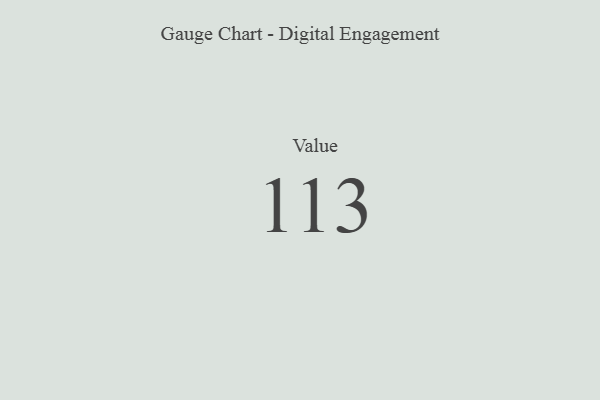
{"axis": {"x": "Metric", "y": "Value"}, "legend": [""], "data": [{"x": "Value", "y": 113, "type": ""}]}